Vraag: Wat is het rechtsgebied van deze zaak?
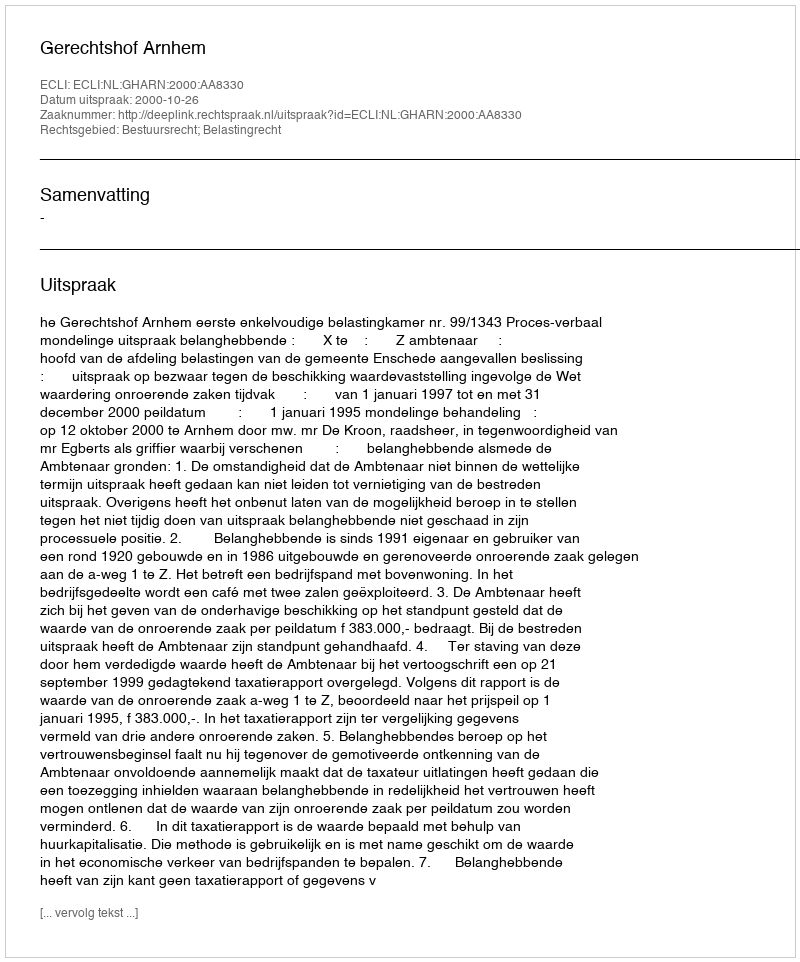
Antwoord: Bestuursrecht; Belastingrecht